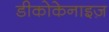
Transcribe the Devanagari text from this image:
डीकोकेनाइज़